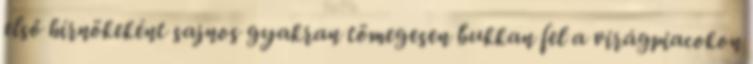
első hírnökeként sajnos gyakran tömegesen bukkan fel a virágpiacokon